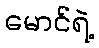
မောင်ရဲ့